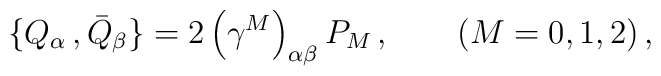
\{ Q_\alpha\,,  {\bar Q}_\beta \}=2\left(\gamma^M\right)_{\alpha\beta} P_M \, ,\qquad (M=0,1,2) \, ,